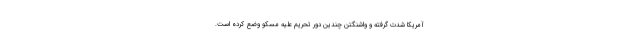
آمریکا شدت گرفته و واشنگتن چندین دور تحریم علیه مسکو وضع کرده است.